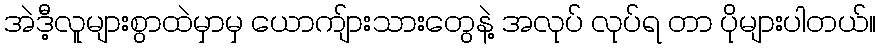
အဲဒီ့လူများစွာထဲမှာမှ ယောကျ်ားသားတွေနဲ့ အလုပ် လုပ်ရ တာ ပိုများပါတယ်။